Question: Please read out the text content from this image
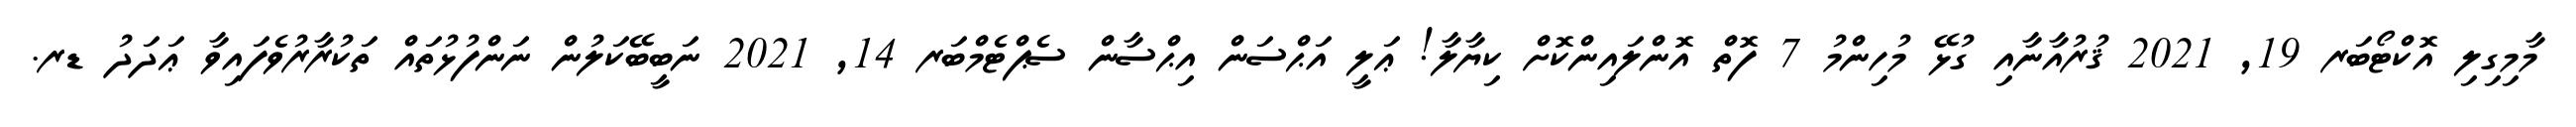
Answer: މާމިގިލި އޮކްޓޯބަރ 19, 2021 ޤުރުއާނާއި ގުޅޭ މުހިންމު 7 ފޮތް އޮންލައިންކޮށް ކިޔާލާ! ޢަލީ އަޙްސަން އިޙްސާން ސެޕްޓެމްބަރ 14, 2021 ނަބީބޭކަލުން ނަންފުޅުތައް ތަކުރާރުވެފައިވާ ޢަދަދު ޑރ.